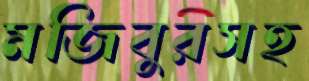
মজিবুরসহ